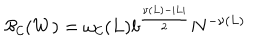
{ \cal B _ { C } } ( W ) = \omega _ { \cal C } ( L ) b ^ { \frac { \nu ( L ) - | L | } { 2 } } N ^ { - \nu ( L ) }